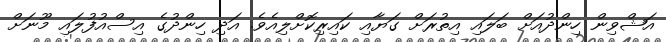
އަޝްވިން ހިންދުއަށް ބަލައި އިތުރަށް ގަޔާއި ކައިރިކޮށްލިއެވެ. އަދި ހިންދުގެ އިސްއުފުލައި މޫނަށް